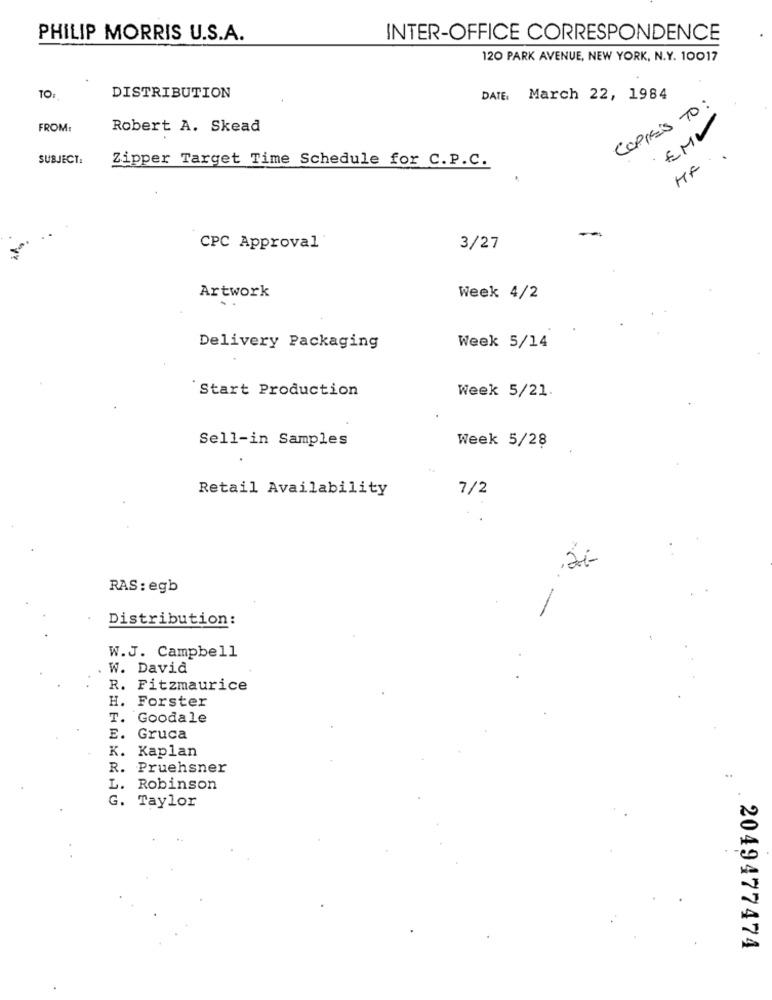
PHILIP MORRIS U.S.A.
INTER-OFFICE CORRESPONDENCE
120 PARK AVENUE, NEW YORK, N.Y. 10017
TOI
DISTRIBUTION
DATE: March 22, 1984
COPPE'S TO :
EMV
FROM
Robert A. Skead
SUBJECT:
Zipper Target Time Schedule for C.P.C.
HF
CPC Approval
3/27
Artwork
Week 4/2
Delivery Packaging
Week 5/14
Start Production
Week 5/21.
Sell-in Samples
Week 5/28
Retail Availability
7/2
RAS: egb
Distribution:
W.J. Campbell
W. David
R. Fitzmaurice
H. Forster
T. Goodale
E. Gruca
K.
Kaplan
R.
Pruehsner
L.
Robinson
G. Taylor
2049477474